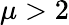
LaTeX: \mu>2